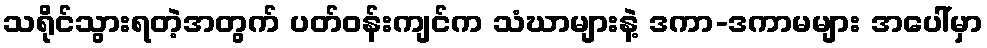
သရိုင်သွားရတဲ့အတွက် ပတ်ဝန်းကျင်က သံဃာများနဲ့ ဒကာ-ဒကာမများ အပေါ်မှာ